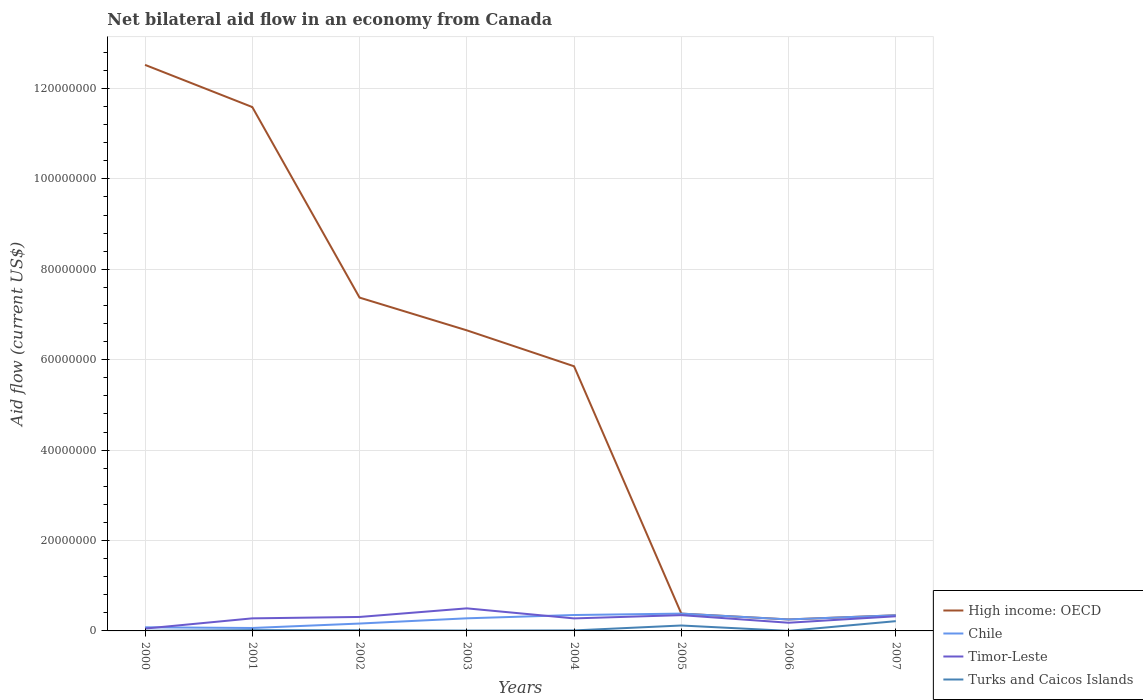
| Years | High income: OECD | Chile | Timor-Leste | Turks and Caicos Islands |
 | --- | --- | --- | --- | --- |
 | 2000 | 1.25e+08 | 8e+05 | 5.2e+05 | 3e+04 |
 | 2001 | 1.16e+08 | 6.5e+05 | 2.78e+06 | 1.8e+05 |
 | 2002 | 7.37e+07 | 1.63e+06 | 3.09e+06 | 1.5e+05 |
 | 2003 | 6.65e+07 | 2.79e+06 | 4.99e+06 | 8e+04 |
 | 2004 | 5.85e+07 | 3.52e+06 | 2.77e+06 | 1.1e+05 |
 | 2005 | 3.83e+06 | 3.83e+06 | 3.49e+06 | 1.2e+06 |
 | 2006 | 2.54e+06 | 2.54e+06 | 1.81e+06 | 1e+04 |
 | 2007 | 3.46e+06 | 3.46e+06 | 3.24e+06 | 2.16e+06 |